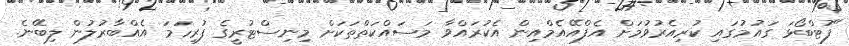
"ފުޓްބޯޅަ ގައުމުގައި ކުރިއެރުވުމަށް އެފްއޭއެމްއިން އެކުރައްވާ މަސައްކަތްތަކަށް މިނިސްޓުރީގެ ފުރިހަމަ އެއްބާރުލުން ލިބޭނެ.